Vaccine operations Central Provinces & Berar 1922-1929 - 1922-1929
Year: 1922
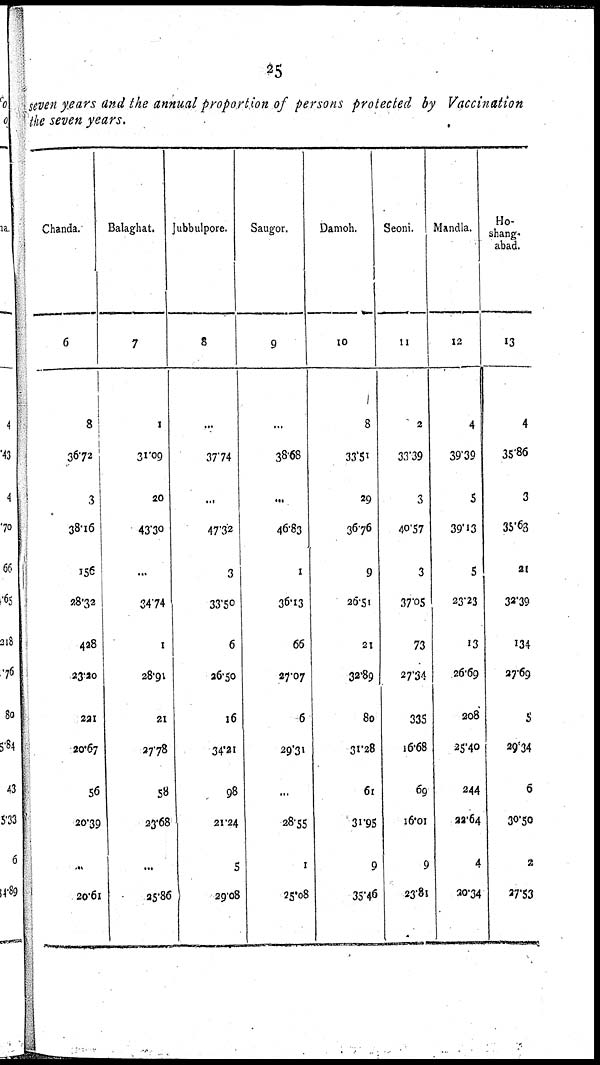
25
seven years and the annual proportion of persons protected by Vaccination
the seven years.
Chanda.
6
8
36.72
3
38.16
156
28.32
428
23.20
221
20.67
56
20.39
...
20.61
Balaghat.
7
1
31.09
20
43.30
...
34.74
1
28.91
21
27.78
58
23.68
...
25.86
Jubbulpore.
8
...
37.74
...
47.32
3
33.50
6
26.50
16
34.21
98
21.24
5
29.08
Saugor.
9
...
38.68
...
46.83
1
36.13
66
27.07
6
29.31
...
28.55
1
25.08
Damoh.
10
8
33.51
29
36.76
9
26.51
21
32.89
80
31.28
61
31.95
9
35.46
Seoni.
11
2
33.39
3
40.57
3
37.05
73
27.34
335
16.68
69
16.01
9
23.81
Mandla.
12
4
39.39
5
39.13
5
23.23
13
26.69
208
25.40
244
22.64
4
30.34
Ho-
shang-
abad.
13
4
35.86
3
35.63
21
32.39
134
27.69
5
29.34
6
30.50
2
27.53